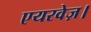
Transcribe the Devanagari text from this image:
एयरवेज़।